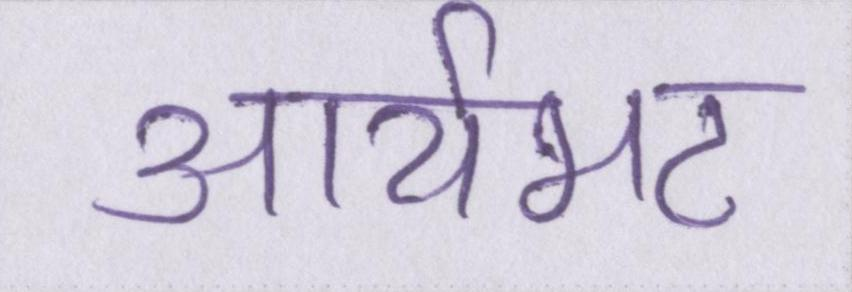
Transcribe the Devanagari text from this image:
आर्यभट